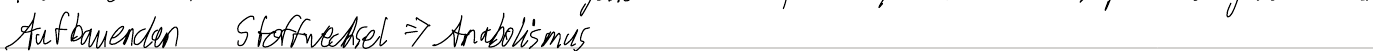
Aufbauenden Stoffwechsel => Anabolismus